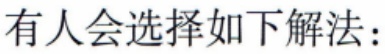
有人会选择如下解法：